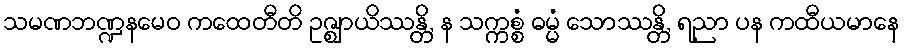
သမဏဘဏ္ဍနမေဝ ကထေတီတိ ဥဇ္ဈာယိဿန္တိ, န သက္ကစ္စံ ဓမ္မံ သောဿန္တိ, ရညာ ပန ကထီယမာနေ